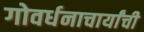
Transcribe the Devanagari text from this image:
गोवर्धनाचार्यांची